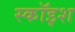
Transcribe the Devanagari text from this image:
स्कॉइश